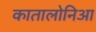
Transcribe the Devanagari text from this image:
कातालोनिआ